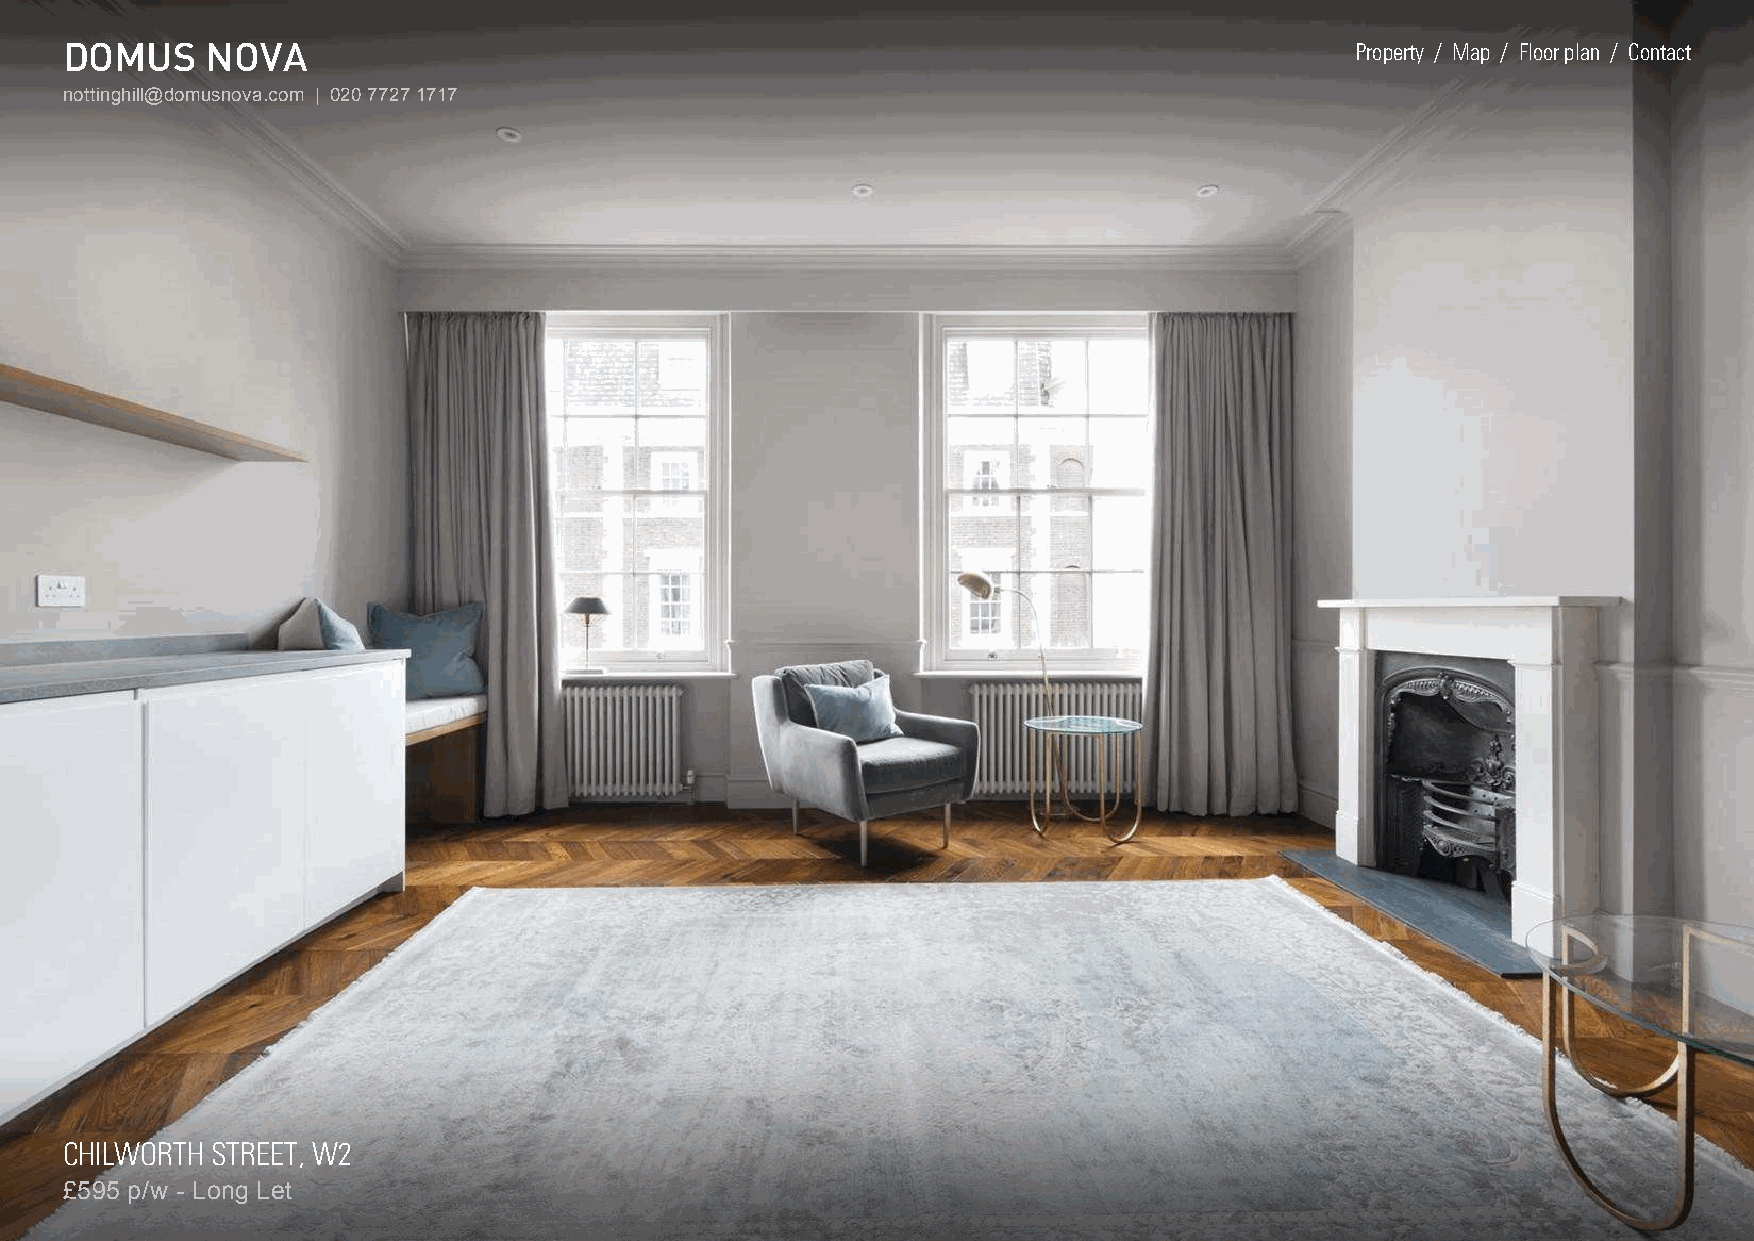
DOMUS     NOVA
 Property / Map / Floor plan / Contact
 nottinghill@domusnova.com | 020 7727 1717
 CHILWORTH STREET, W2
 £595 p/w - Long Let